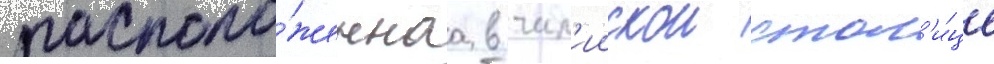
располо́женнаа в чил'иискои стол'и́це